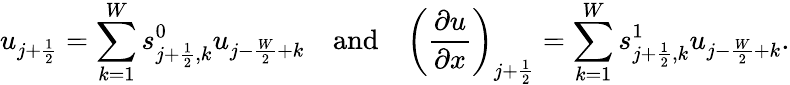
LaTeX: u_{j+\frac{1}{2}}=\sum_{k=1}^{W}s_{j+\frac{1}{2},k}^{0}u_{j-\frac{W}{2}+k}\quad\mathrm{and}\quad\bigg(\frac{\partial u}{\partial x}\bigg)_{j+\frac{1}{2}}=\sum_{k=1}^{W}s_{j+\frac{1}{2},k}^{1}u_{j-\frac{W}{2}+k}.